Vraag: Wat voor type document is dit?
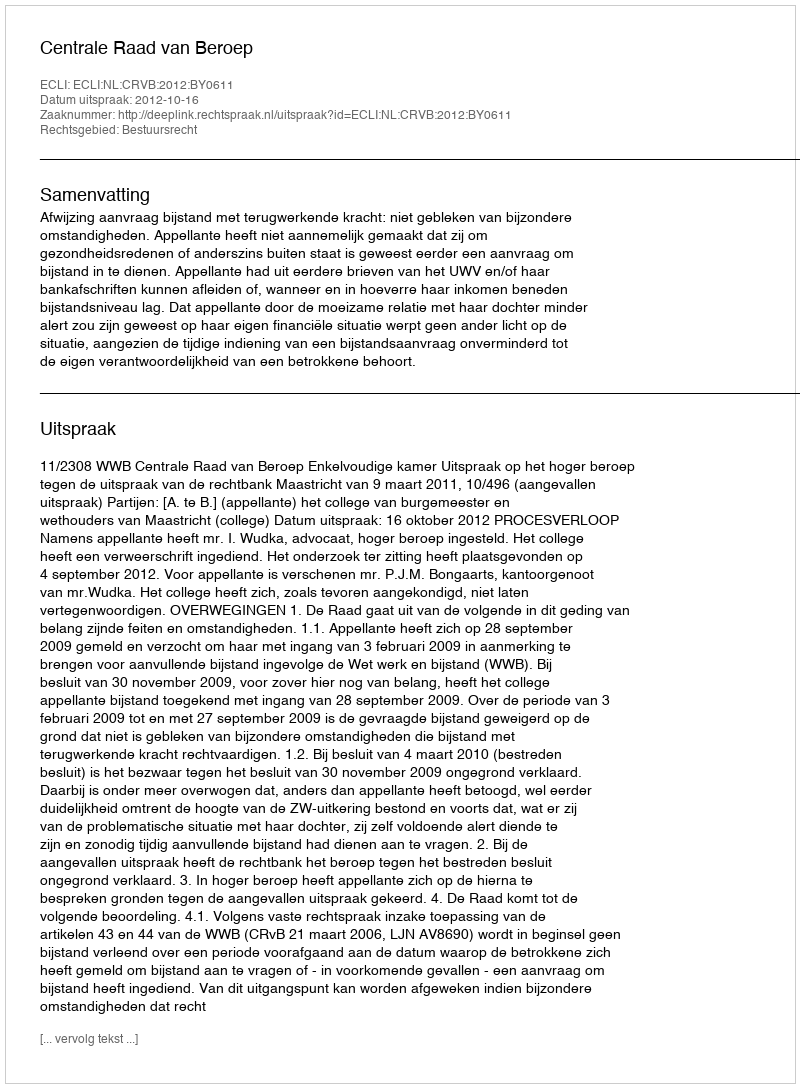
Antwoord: Uitspraak